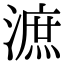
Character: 㵂